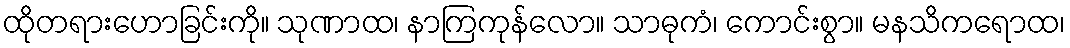
ထိုတရားဟောခြင်းကို။ သုဏာထ၊ နာကြကုန်လော။ သာဓုကံ၊ ကောင်းစွာ။ မနသိကရောထ၊